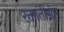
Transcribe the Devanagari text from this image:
रक्तातीसार